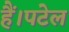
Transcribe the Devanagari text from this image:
हैं।पटेल